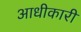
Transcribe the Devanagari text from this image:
आधीकारी